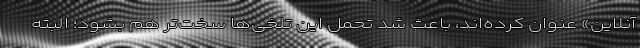
آنلاین» عنوان کرده‌اند، باعث شد تحمل این تلخی‌ها سخت‌تر هم بشود؛ البته